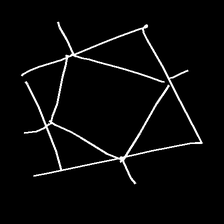
Glyph: light